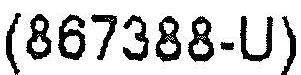
(867388-U)